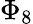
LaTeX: \Phi_{8}